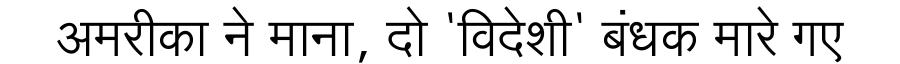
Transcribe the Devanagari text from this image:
अमरीका ने माना, दो 'विदेशी' बंधक मारे गए